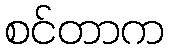
စင်တာက